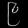
Digit: ၉